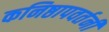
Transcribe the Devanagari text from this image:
कनिष्ठापवर्तनी